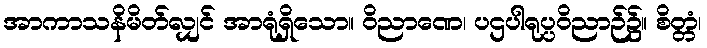
အာကာသနိမိတ်လျှင် အာရုံရှိသော။ ဝိညာဏေ၊ ပဌပါရုပ္ပဝိညာဉ်၌။ စိတ္တံ၊